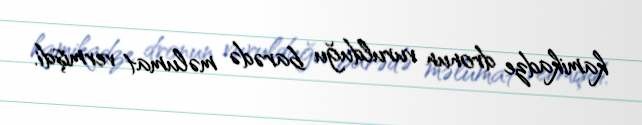
kamikadze dronun vurulduğu barədə məlumat vermişdi.